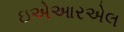
ઇએઆરએલ